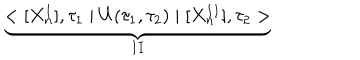
\underbrace { < [ X _ { n } ^ { I } ] , \tau _ { 1 } \mid U ( \tau _ { 1 } , \tau _ { 2 } ) \mid [ X _ { n } ^ { I I } ] , \tau _ { 2 } > } _ { I I }